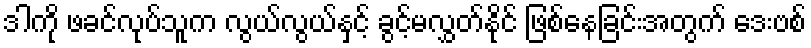
ဒါကို ဖခင်လုပ်သူက လွယ်လွယ်နှင့် ခွင့်မလွှတ်နိုင် ဖြစ်နေခြင်းအတွက် ဒေးဗစ်